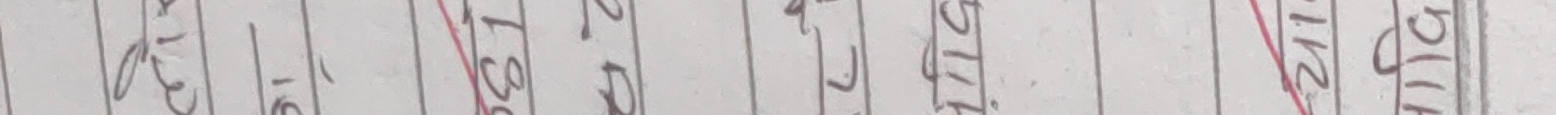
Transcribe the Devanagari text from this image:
८३६ १८० ९२० ४१८ ११८ २१०